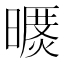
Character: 𣊥